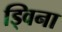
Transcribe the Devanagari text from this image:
ड्विना